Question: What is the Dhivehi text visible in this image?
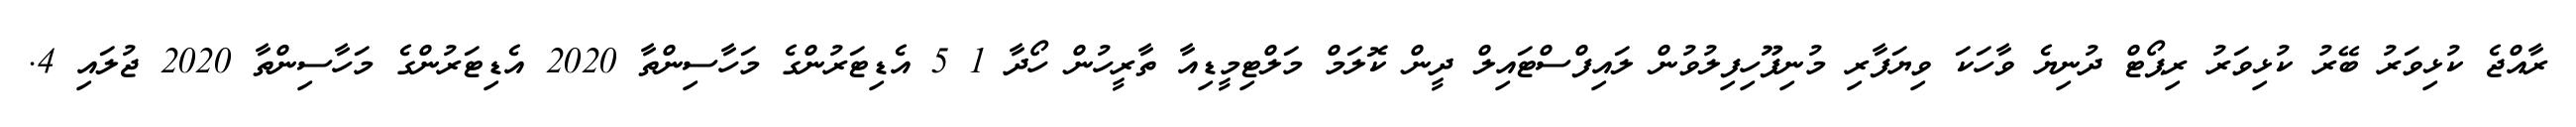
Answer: ރާއްޖެ ކުޅިވަރު ބޭރު ކުޅިވަރު ރިޕޯޓް ދުނިޔެ ވާހަކަ ވިޔަފާރި މުނިފޫހިފިލުވުން ލައިފްސްޓައިލް ދީން ކޮލަމް މަލްޓިމީޑިއާ ތާރީހުން ހޯދާ 1 5 އެޑިޓަރުންގެ މަހާސިންތާ 2020 އެޑިޓަރުންގެ މަހާސިންތާ 2020 ޖުލައި 4.